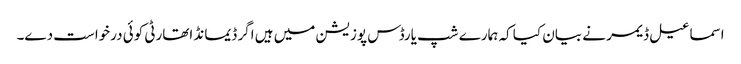
اسماعیل ڈیمر نے بیان کیا کہ ہمارے شپ یارڈس پوزیشن میں ہیں اگر ڈیمانڈ اتھارٹی کوئی درخواست دے۔